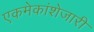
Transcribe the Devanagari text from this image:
एकमेकांशेजारी